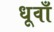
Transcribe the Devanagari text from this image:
धूवाँ